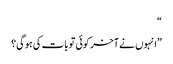
“
”انہوں نے آخر کوئی تو بات کی ہوگی؟